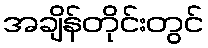
အချိန်တိုင်းတွင်